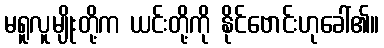
မရူလူမျိုးတို့က ယင်းတို့ကို နိုင်ဗောင်းဟုခေါ်၏။